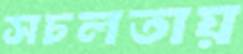
সচলতায়